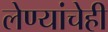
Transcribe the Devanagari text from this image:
लेण्यांचेही